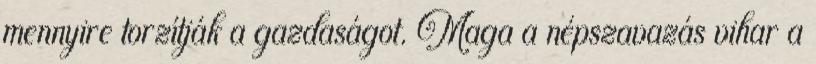
mennyire torzítják a gazdaságot. Maga a népszavazás vihar a